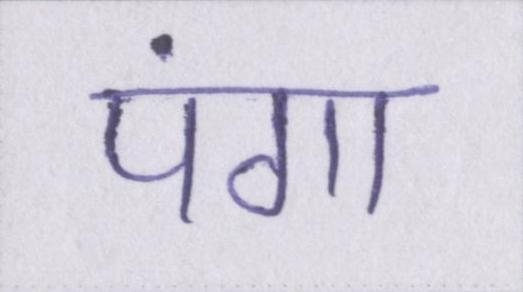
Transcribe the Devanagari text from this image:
पंगा